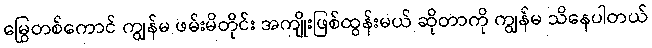
မြွေတစ်ကောင် ကျွန်မ ဖမ်းမိတိုင်း အကျိုးဖြစ်ထွန်းမယ် ဆိုတာကို ကျွန်မ သိနေပါတယ်